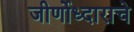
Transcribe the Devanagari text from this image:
जीर्णोध्दाराचे